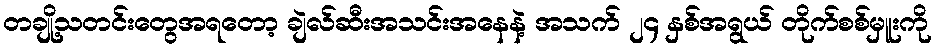
တချို့သတင်းတွေအရတော့ ချဲလ်ဆီးအသင်းအနေနဲ့ အသက် ၂၄ နှစ်အရွယ် တိုက်စစ်မှူးကို